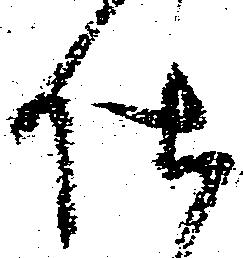
仕